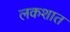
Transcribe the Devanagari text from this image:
लकशात